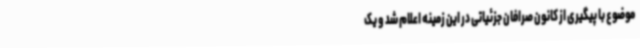
موضوع با پیگیری از کانون صرافان جزئیاتی در این زمینه اعلام شد و یک